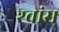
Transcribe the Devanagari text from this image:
श्‍वांस